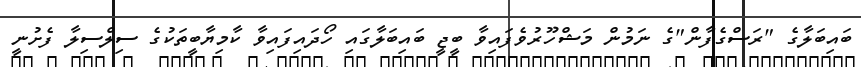
ބައިބަލާގެ "ރަސްގެފާން"ގެ ނަމުން މަޝްހޫރުވެފައިވާ ބީޖީ ބައިބަލާގައި ހޯދައިފައިވާ ކާމިޔާބީތަކުގެ ސިލްސިލާ ފެށުނީ